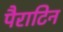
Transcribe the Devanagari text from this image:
पैराटिन